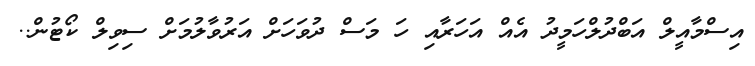
އިސްމާއީލް އަބްދުލްހަމީދު އެއް އަހަރާއި ހަ މަސް ދުވަހަށް އަރުވާލުމަށް ސިވިލް ކޯޓުން..